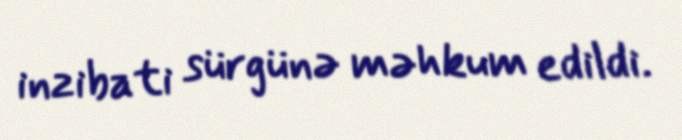
inzibati sürgünə məhkum edildi.